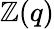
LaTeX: \mathbb{Z}(q)